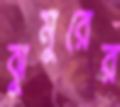
ঝুমুরের